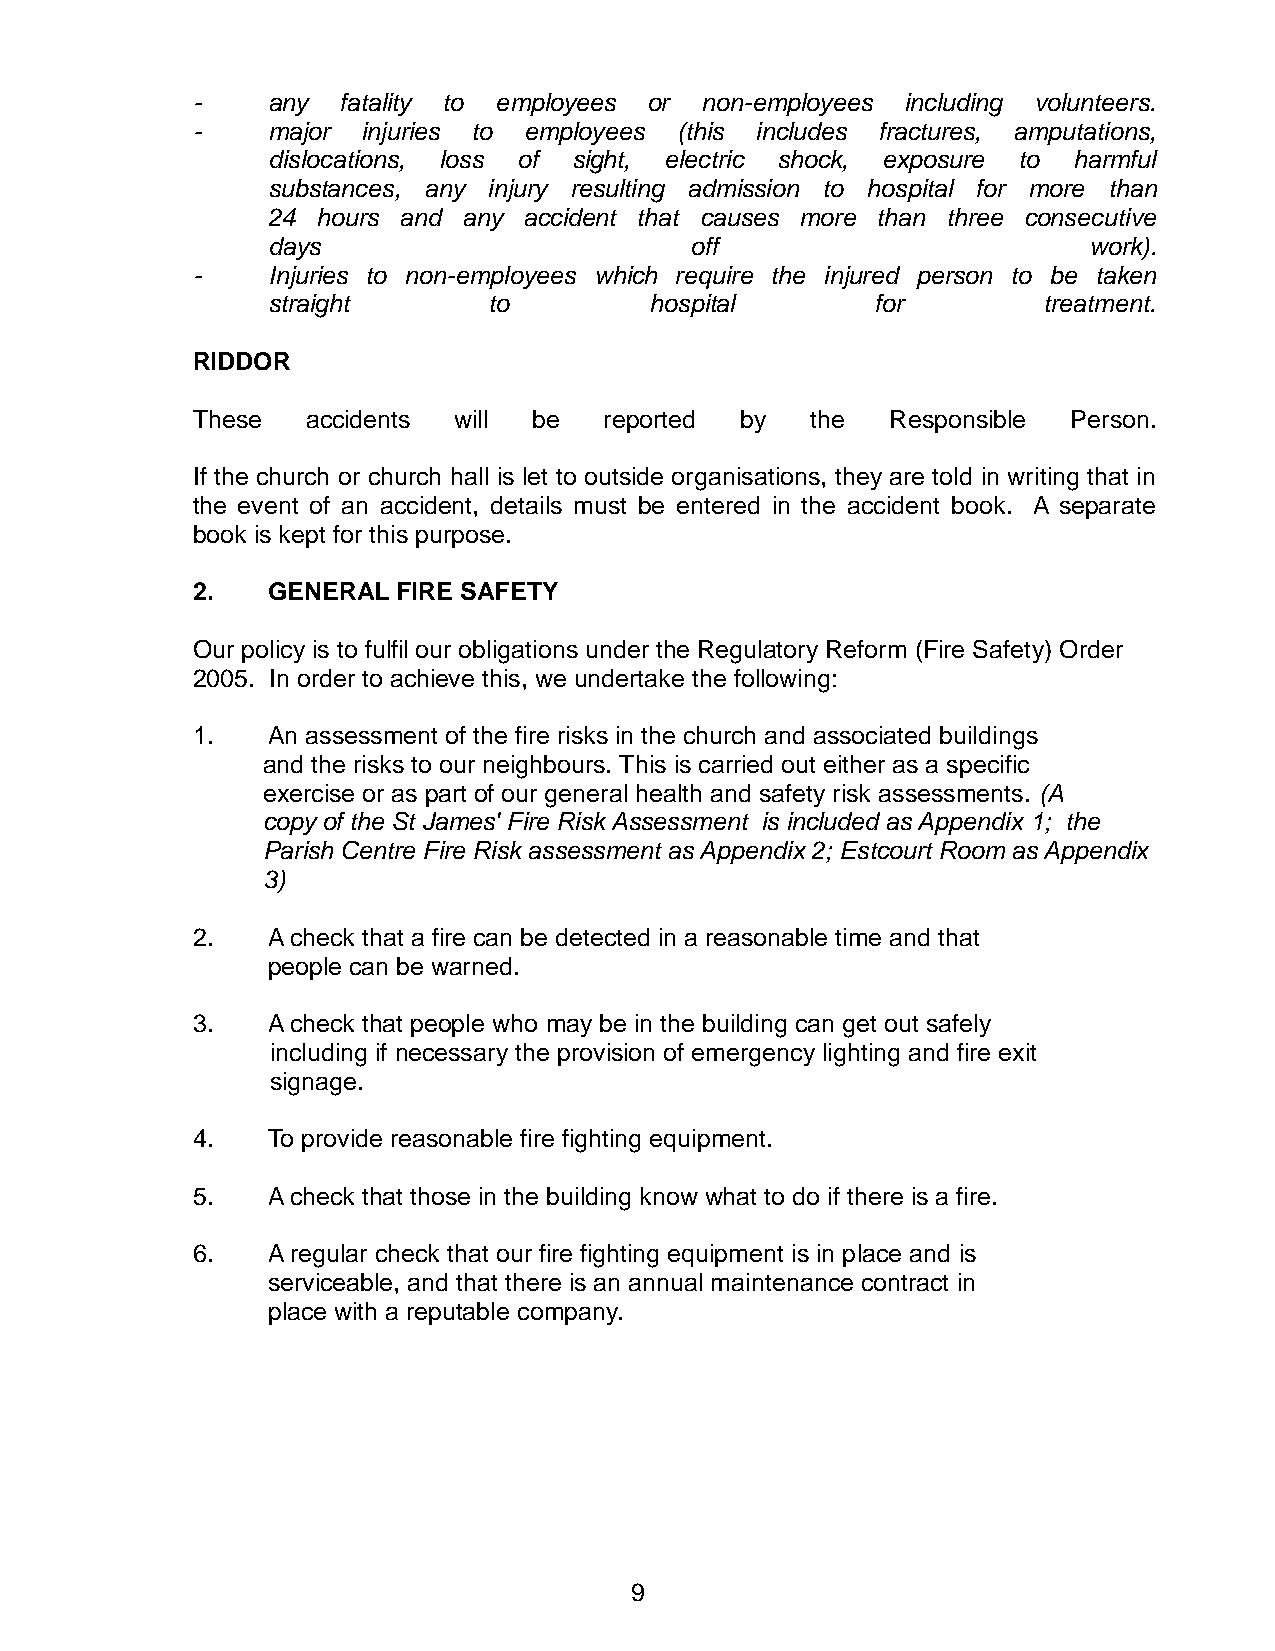
-    any fatality to employees or non-employees including volunteers.
 -    major injuries to employees (this includes fractures, amputations,
 dislocations, loss of sight, electric shock, exposure to harmful
 substances, any injury resulting admission to hospital for more than
 24 hours and any accident that causes more than three consecutive
 days                        off                       work).
 -    Injuries to non-employees which require the injured person to be taken
 straight      to         hospital       for        treatment.
 RIDDOR
 These  accidents will be   reported by   the  Responsible Person.
 If the church or church hall is let to outside organisations, they are told in writing that in
 the event of an accident, details must be entered in the accident book. A separate
 book is kept for this purpose.
 2.   GENERAL FIRE SAFETY
 Our policy is to fulfil our obligations under the Regulatory Reform (Fire Safety) Order
 2005. In order to achieve this, we undertake the following:
 1.   An assessment of the fire risks in the church and associated buildings
 and the risks to our neighbours. This is carried out either as a specific
 exercise or as part of our general health and safety risk assessments. (A
 copy of the St James' Fire Risk Assessment is included as Appendix 1; the
 Parish Centre Fire Risk assessment as Appendix 2; Estcourt Room as Appendix
 3)
 2.   A check that a fire can be detected in a reasonable time and that
 people can be warned.
 3.   A check that people who may be in the building can get out safely
 including if necessary the provision of emergency lighting and fire exit
 signage.
 4.   To provide reasonable fire fighting equipment.
 5.   A check that those in the building know what to do if there is a fire.
 6.   A regular check that our fire fighting equipment is in place and is
 serviceable, and that there is an annual maintenance contract in
 place with a reputable company.
 9